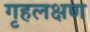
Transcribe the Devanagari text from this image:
गृहलक्षण